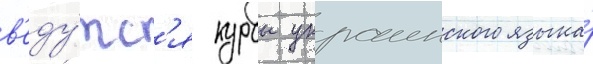
в'еду́тс'я курсы украинского языка́